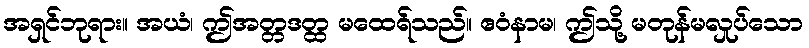
အရှင်ဘုရား။ အယံ၊ ဤအတ္တဒတ္ထ မထေရ်သည်။ ဧဝံနာမ၊ ဤသို့ မတုန်မလှုပ်သော